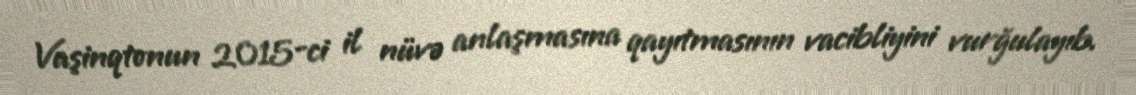
Vaşinqtonun 2015-ci il nüvə anlaşmasına qayıtmasının vacibliyini vurğulayıb.